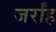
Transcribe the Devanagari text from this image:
जर्रांह